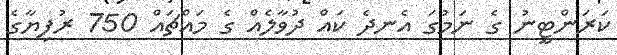
ކަރަންޓީނު ގެ ނަމުގަ އެނދެ ކައް ދުވާލެއް ގެ މައްޗައް 750 ރުފިޔާގެ